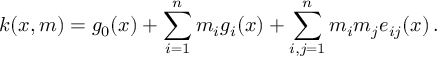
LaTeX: k ( x , m ) = g _ { 0 } ( x ) + \sum _ { i = 1 } ^ { n } m _ { i } g _ { i } ( x ) + \sum _ { i , j = 1 } ^ { n } m _ { i } m _ { j } e _ { i j } ( x ) \, .